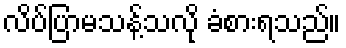
လိပ်ပြာမသန့်သလို ခံစားရသည်။